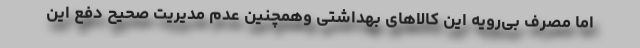
اما مصرف بی‌رویه این کالاهای بهداشتی وهمچنین عدم مدیریت صحیح دفع این